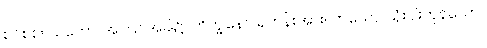
စင်စစ်။ ယတော၊ အကြင်အခါ၌။ ဘိက္ခုနော၊ ရဟန်းအား။ တယော၊ သုံးပါးကုန်သော။